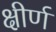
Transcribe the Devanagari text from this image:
क्षीर्ण